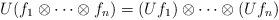
LaTeX: \begin{align*}U(f_{1}\otimes\cdots\otimes f_{n})= (Uf_{1})\otimes\cdots\otimes(Uf_{n})\end{align*}